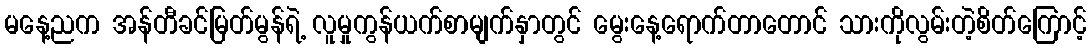
မနေ့ညက အန်တီခင်မြတ်မွန်ရဲ့ လူမှုကွန်ယက်စာမျက်နှာတွင် မွေးနေ့ရောက်တာတောင် သားကိုလွမ်းတဲ့စိတ်ကြောင့်